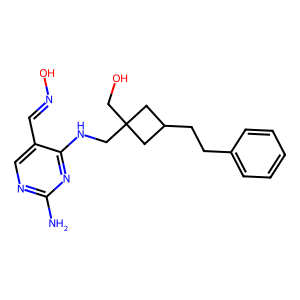
SMILES: Nc1ncc(C=NO)c(NCC2(CO)CC(CCc3ccccc3)C2)n1
Inhibits HIV replication: No